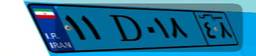
۱۱D۰۱۸۴۸